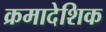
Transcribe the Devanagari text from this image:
क्रमादेशिक